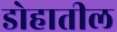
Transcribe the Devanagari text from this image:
डोहातील